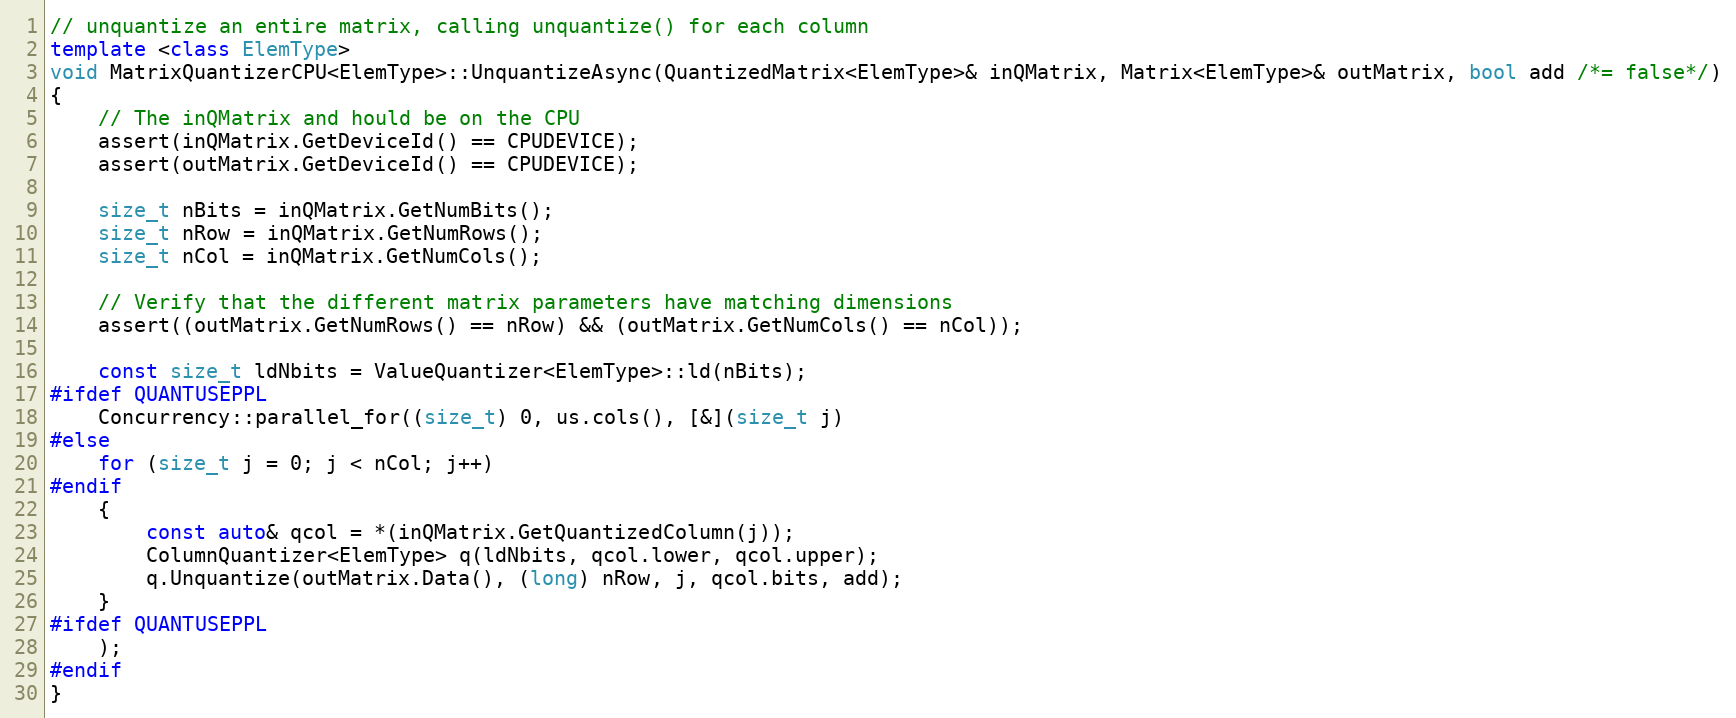
Language: C++
// unquantize an entire matrix, calling unquantize() for each column
template <class ElemType>
void MatrixQuantizerCPU<ElemType>::UnquantizeAsync(QuantizedMatrix<ElemType>& inQMatrix, Matrix<ElemType>& outMatrix, bool add /*= false*/)
{
    // The inQMatrix and hould be on the CPU
    assert(inQMatrix.GetDeviceId() == CPUDEVICE);
    assert(outMatrix.GetDeviceId() == CPUDEVICE);

    size_t nBits = inQMatrix.GetNumBits();
    size_t nRow = inQMatrix.GetNumRows();
    size_t nCol = inQMatrix.GetNumCols();

    // Verify that the different matrix parameters have matching dimensions
    assert((outMatrix.GetNumRows() == nRow) && (outMatrix.GetNumCols() == nCol));

    const size_t ldNbits = ValueQuantizer<ElemType>::ld(nBits);
#ifdef QUANTUSEPPL
    Concurrency::parallel_for((size_t) 0, us.cols(), [&](size_t j)
#else
    for (size_t j = 0; j < nCol; j++)
#endif
    {
        const auto& qcol = *(inQMatrix.GetQuantizedColumn(j));
        ColumnQuantizer<ElemType> q(ldNbits, qcol.lower, qcol.upper);
        q.Unquantize(outMatrix.Data(), (long) nRow, j, qcol.bits, add);
    }
#ifdef QUANTUSEPPL
    );
#endif
}